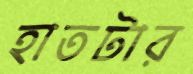
হাতটার